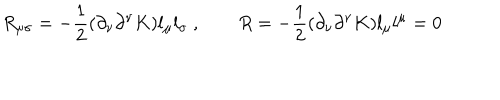
LaTeX: R _ { \mu \sigma } = - { \frac { 1 } { 2 } } ( \partial _ { \nu } \partial ^ { \nu } K ) l _ { \mu } l _ { \sigma } \ , \qquad R = - { \frac { 1 } { 2 } } ( \partial _ { \nu } \partial ^ { \nu } K ) l _ { \mu } l ^ { \mu } = 0